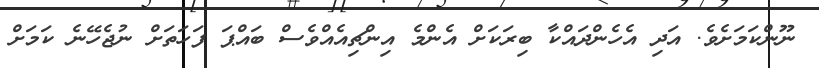
ނޫންކަމަށެވެ. އަދި އެހެންދައްކާ ބިރަކަށް އެންމެ އިންޗިއެއްވެސް ބައްޕަ ފަހަތަށް ނުޖެހޭނެ ކަމަށް